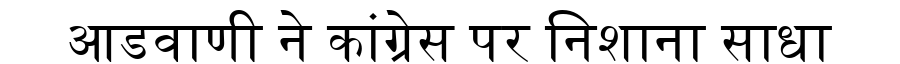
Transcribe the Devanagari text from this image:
आडवाणी ने कांग्रेस पर निशाना साधा